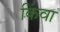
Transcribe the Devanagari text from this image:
किंवा